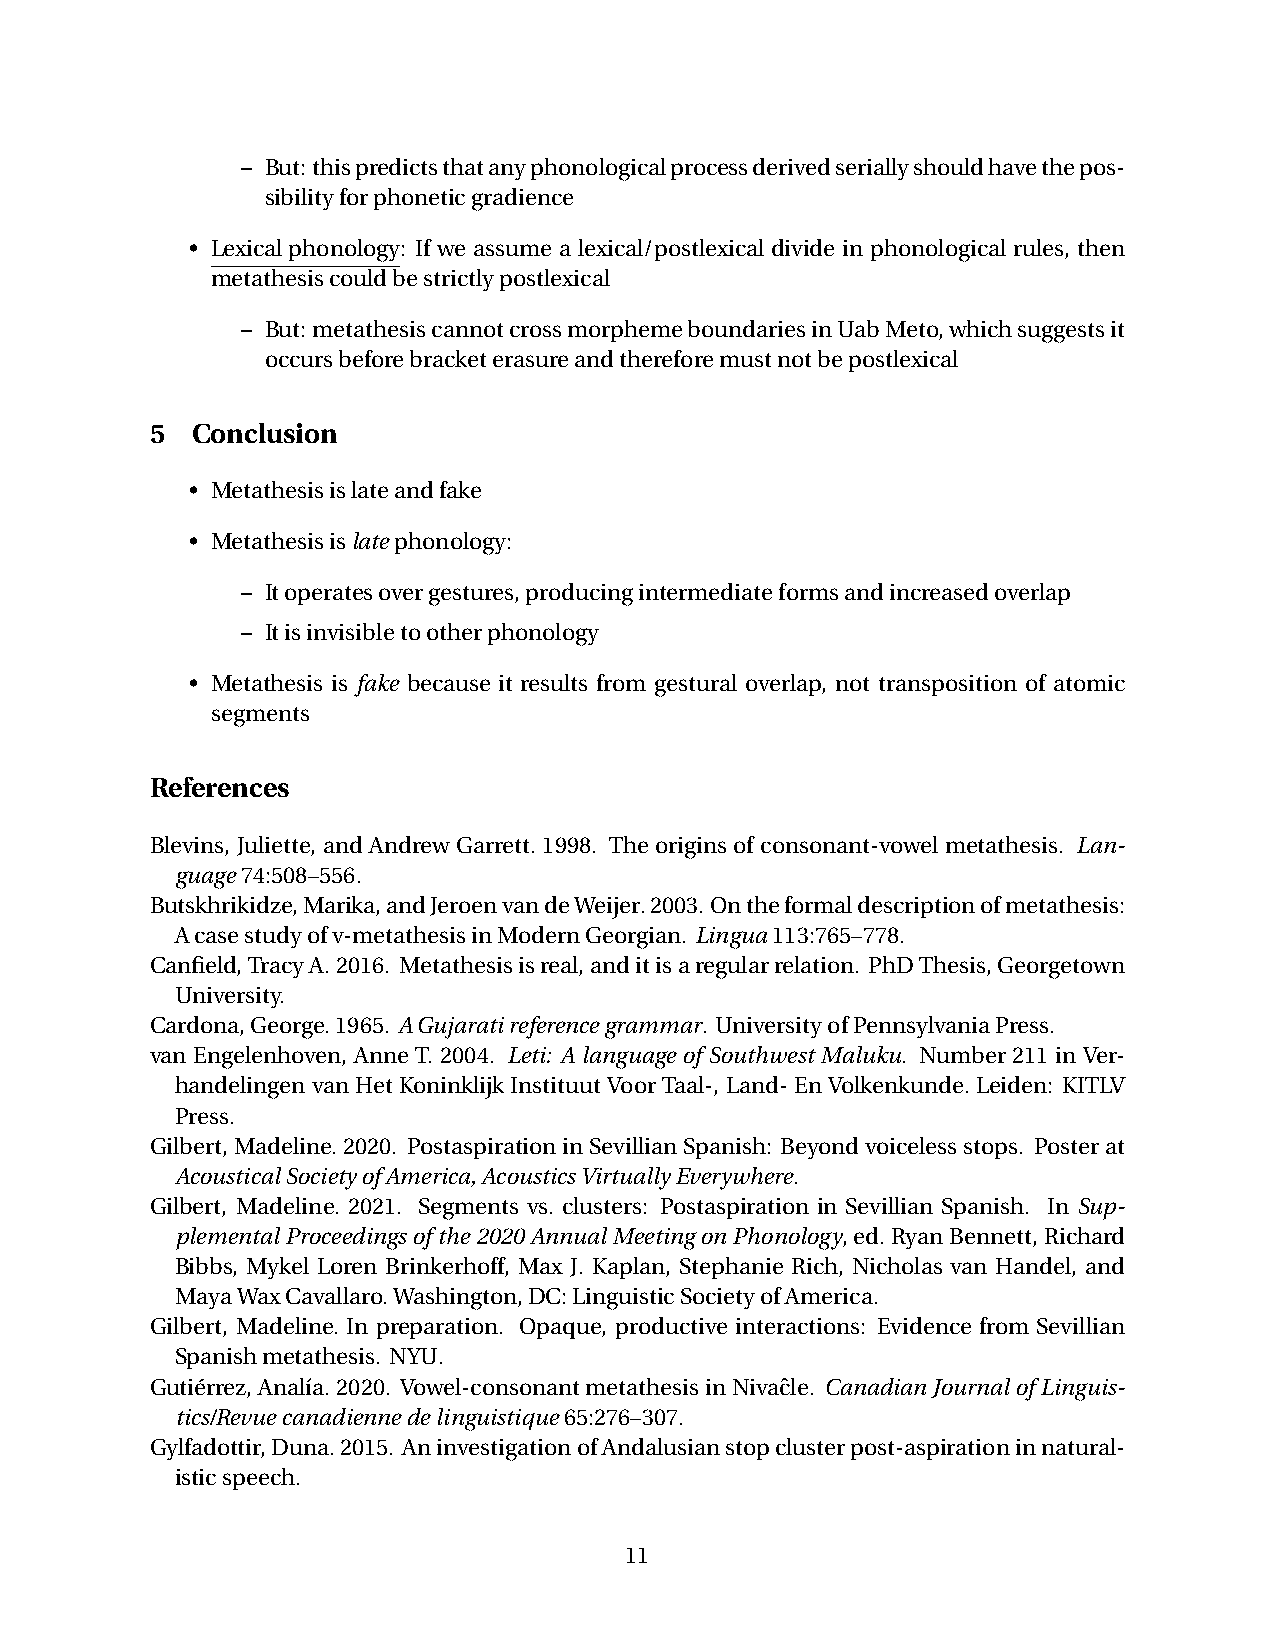
– But:thispredictsthatanyphonologicalprocessderivedseriallyshouldhavethepos-
 sibilityforphoneticgradience
 • Lexicalphonology: If we assume a lexical/postlexical divide in phonological rules, then
 metathesiscouldbestrictlypostlexical
 – But: metathesiscannotcrossmorphemeboundariesinUabMeto,whichsuggestsit
 occursbeforebracketerasureandthereforemustnotbepostlexical
 5  Conclusion
 • Metathesisislateandfake
 • Metathesisislatephonology:
 – Itoperatesovergestures,producingintermediateformsandincreasedoverlap
 – Itisinvisibletootherphonology
 • Metathesis is fake because it results from gestural overlap, not transposition of atomic
 segments
 References
 Blevins, Juliette, and Andrew Garrett. 1998. The origins of consonant-vowel metathesis. Lan-
 guage74:508–556.
 Butskhrikidze,Marika,andJeroenvandeWeijer.2003.Ontheformaldescriptionofmetathesis:
 Acasestudyofv-metathesisinModernGeorgian. Lingua113:765–778.
 Canfield,TracyA.2016. Metathesisisreal,anditisaregularrelation. PhDThesis,Georgetown
 University.
 Cardona,George.1965. AGujaratireferencegrammar. UniversityofPennsylvaniaPress.
 van Engelenhoven, Anne T. 2004. Leti: A language of Southwest Maluku. Number 211 in Ver-
 handelingenvan HetKoninklijkInstituutVoor Taal-, Land- EnVolkenkunde. Leiden: KITLV
 Press.
 Gilbert,Madeline.2020. PostaspirationinSevillianSpanish: Beyondvoicelessstops. Posterat
 AcousticalSocietyofAmerica,AcousticsVirtuallyEverywhere.
 Gilbert, Madeline. 2021. Segments vs. clusters: Postaspiration in Sevillian Spanish. In Sup-
 plementalProceedingsofthe2020AnnualMeetingonPhonology,ed.RyanBennett,Richard
 Bibbs, Mykel Loren Brinkerhoff, Max J. Kaplan, Stephanie Rich, Nicholas van Handel, and
 MayaWaxCavallaro.Washington,DC:LinguisticSocietyofAmerica.
 Gilbert, Madeline. In preparation. Opaque, productive interactions: Evidence from Sevillian
 Spanishmetathesis. NYU.
 Gutiérrez,Analía.2020. Vowel-consonantmetathesisinNivacˆle. CanadianJournalofLinguis-
 tics/Revuecanadiennedelinguistique65:276–307.
 Gylfadottir,Duna.2015. AninvestigationofAndalusianstopclusterpost-aspirationinnatural-
 isticspeech.
 11